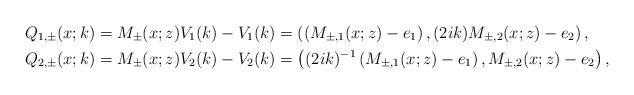
\begin{align*}&Q_{1, \pm} (x;k)=M_{\pm}(x;z) V_1(k)-V_1(k)=\left(\left(M_{\pm,1}(x;z)-e_1\right), (2ik)M_{\pm,2}(x;z)-e_2\right),\\&Q_{2, \pm}(x;k)=M_{\pm}(x;z) V_2(k)-V_2(k)=\left((2ik)^{-1}\left(M_{\pm,1}(x;z)-e_1\right), M_{\pm,2}(x;z)-e_2\right),\end{align*}